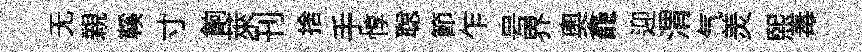
无親鞵寸餉萊刊捨手惇聪節乍号界奧龕迎渭气羙煕毒